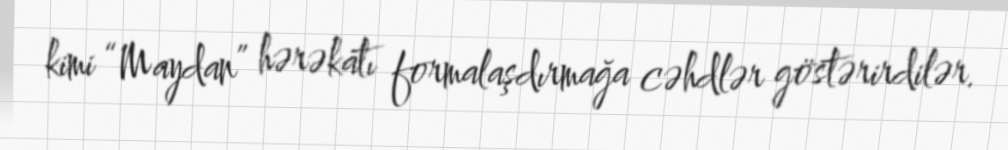
kimi “Maydan” hərəkatı formalaşdırmağa cəhdlər göstərirdilər.